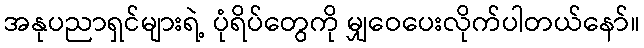
အနုပညာရှင်များရဲ့ ပုံရိပ်တွေကို မျှဝေပေးလိုက်ပါတယ်နော်။